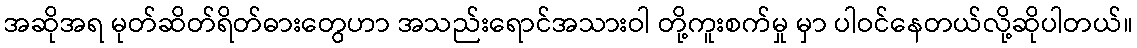
အဆိုအရ မုတ်ဆိတ်ရိတ်ဓားတွေဟာ အသည်းရောင်အသားဝါ တို့ကူးစက်မှု မှာ ပါဝင်နေတယ်လို့ဆိုပါတယ်။